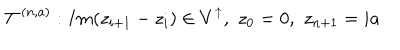
\mathcal { T } ^ { ( n , a ) } : I m ( z _ { i + 1 } - z _ { i } ) \in V ^ { \uparrow } , \, \, z _ { 0 } = 0 , \, \, z _ { n + 1 } = i a